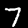
Digit: 7